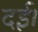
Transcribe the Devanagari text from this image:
दई।